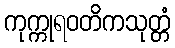
ကုက္ကုရဝတိကသုတ္တံ